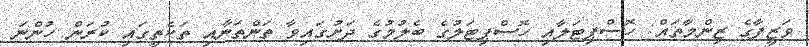
ވަޒީފާގެ ޒިންމާތައް: ހޮސްޕިޓަލާއި ހޮސްޕިޓަލުގެ ބެލުމުގެ ދަށުގައިވާ ތަންތަނާއި ތަކެތީގައި ކުރަން ހުންނަ